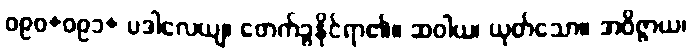
ဝ၉၀+ဝ၉၁+ ပဒါလေယျ၊ ဖောက်ခွနိုင်ရာ၏။ ဆဝါယ၊ ယုတ်သော။ အဝိဇ္ဇာယ၊